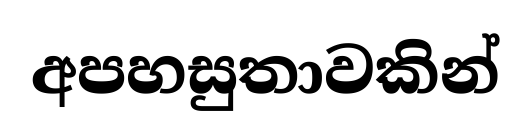
අපහසුතාවකින්